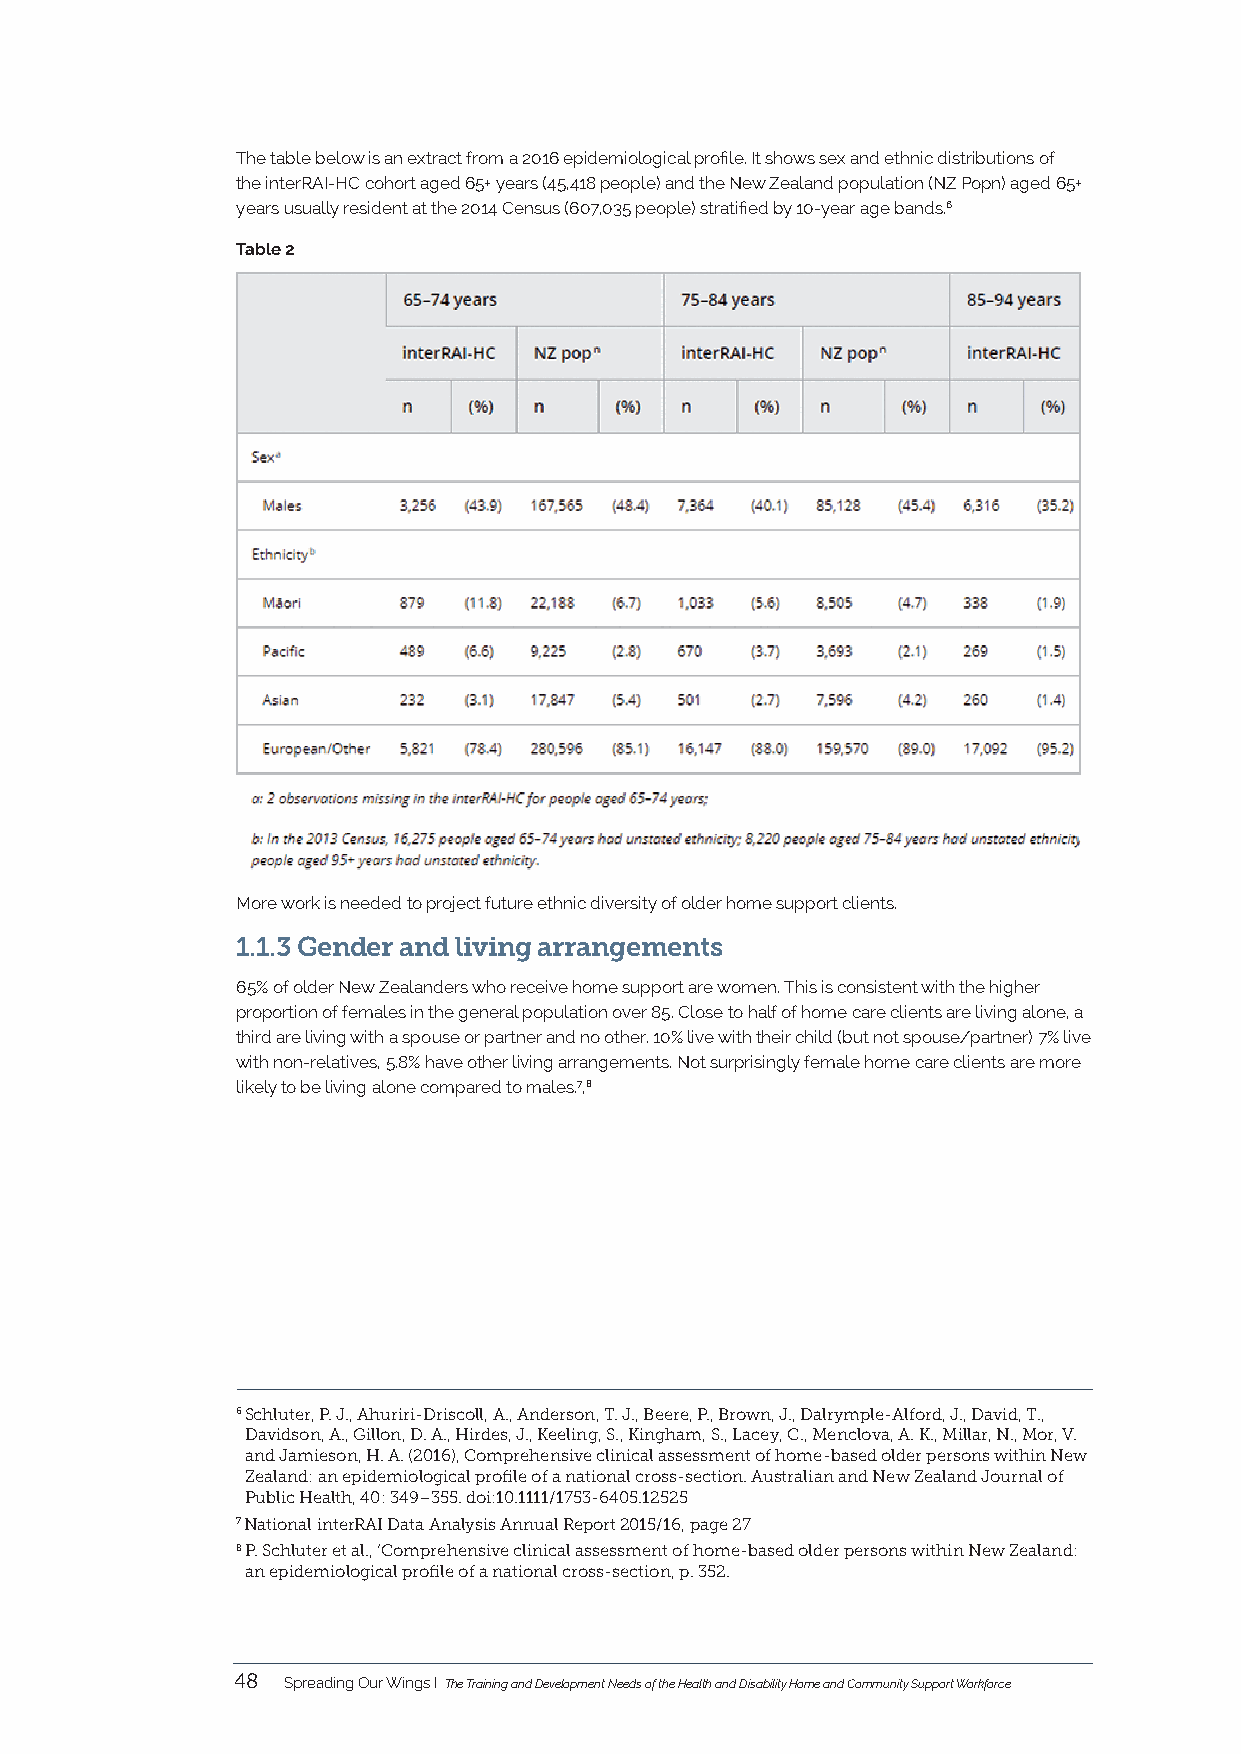
The table below is an extract from a 2016 epidemiological profile. It shows sex and ethnic distributions of
 the interRAI-HC cohort aged 65+ years (45,418 people) and the New Zealand population (NZ Popn) aged 65+
 years usually resident at the 2014 Census (607,035 people) stratified by 10-year age bands.6
 Table 2
 More work is needed to project future ethnic diversity of older home support clients.
 1.1.3 Gender and living arrangements
 65% of older New Zealanders who receive home support are women. This is consistent with the higher
 proportion of females in the general population over 85. Close to half of home care clients are living alone, a
 third are living with a spouse or partner and no other. 10% live with their child (but not spouse/partner) 7% live
 with non-relatives, 5.8% have other living arrangements. Not surprisingly female home care clients are more
 likely to be living alone compared to males.7,8
 6 Schluter, P. J., Ahuriri-Driscoll, A., Anderson, T. J., Beere, P., Brown, J., Dalrymple-Alford, J., David, T.,
 Davidson, A., Gillon, D. A., Hirdes, J., Keeling, S., Kingham, S., Lacey, C., Menclova, A. K., Millar, N., Mor, V.
 and Jamieson, H. A. (2016), Comprehensive clinical assessment of home-based older persons within New
 Zealand: an epidemiological profile of a national cross-section. Australian and New Zealand Journal of
 Public Health, 40: 349–355. doi:10.1111/1753-6405.12525
 7 National interRAI Data Analysis Annual Report 2015/16, page 27
 8 P. Schluter et al., ‘Comprehensive clinical assessment of home-based older persons within New Zealand:
 an epidemiological profile of a national cross-section, p. 352.
 48  Spreading Our Wings I The Training and Development Needs of the Health and Disability Home and Community Support Workforce